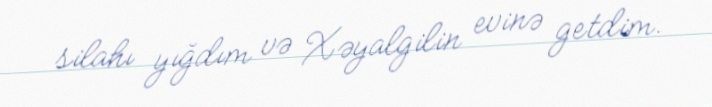
silahı yığdım və Xəyalgilin evinə getdim.